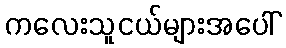
ကလေးသူငယ်များအပေါ်